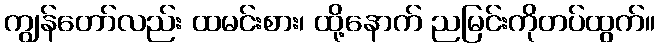
ကျွန်တော်လည်း ထမင်းစား၊ ထို့နောက် ညမြင်းကိုတပ်ထွက်။